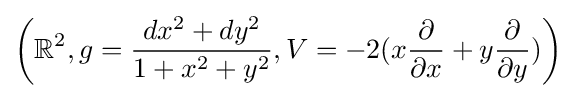
\left(\mathbb {R} ^{2},g={\frac {dx^{2}+dy^{2}}{1+x^{2}+y^{2}}},V=-2(x{\frac {\partial }{\partial x}}+y{\frac {\partial }{\partial y}})\right)